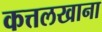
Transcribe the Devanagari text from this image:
कत्तलखाना